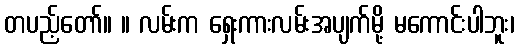
တပည့်တော်။ ။ လမ်းက ရှေးကားလမ်းအပျက်မို့ မကောင်းပါဘူး၊